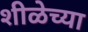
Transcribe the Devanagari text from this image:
शीळेच्या